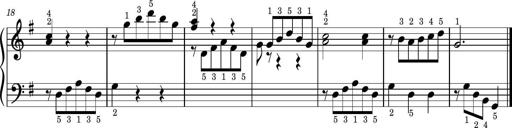
Title: Easy Progressive Lessons and 4 Sonatinas
Composer: Thomas Attwood